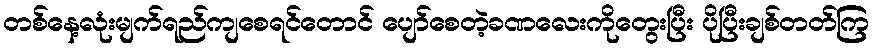
တစ်နေ့လုံးမျက်ရည်ကျစေရင်တောင် ပျော်စေတဲ့ခဏလေးကိုတွေးပြီး ပိုပြီးချစ်တတ်ကြ